Annual report on the health of the army in India
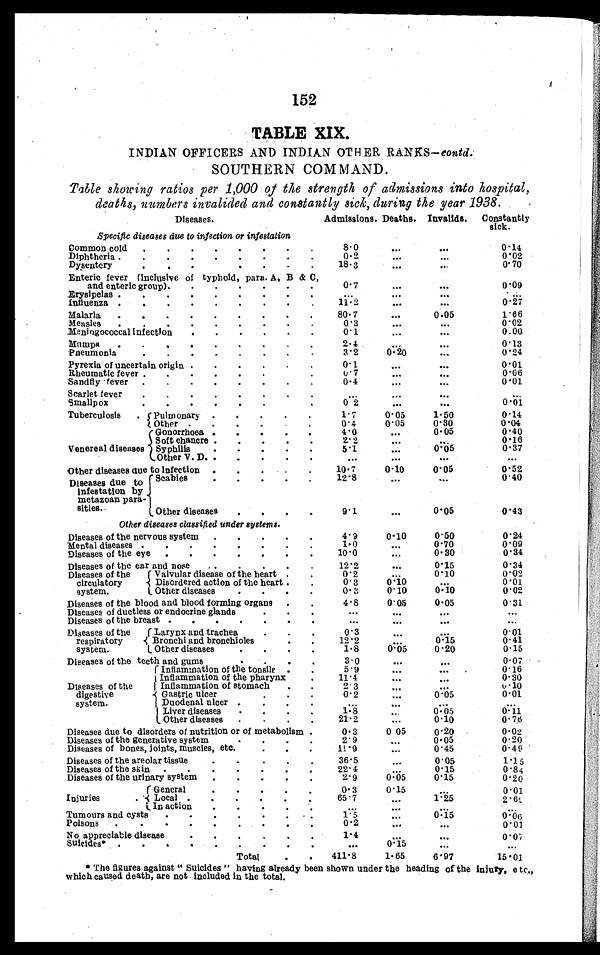
15
2
T A B L I N D I A N O F F I C E R S A N D I N D I A N O T H E R R A N K S — c o n t d .
SOUTHERN COMMAND.
Table showing ratios per 1,000 of the strength of admissions into hospital,
deaths, numbers invalided and constantly sick, during the year 1938.
D i s e a s e s .
Admissions. Deaths. Invalids. Constantly
sick.
Specific diseases due to infection or infestation
Common cold . . .
8.0
. . .
. . .
0.14
Diphtheria . . .
0.2
. . .
. . .
0.02
Dysentery . . .
1 8 . 3
. . .
. . .
0.70
Enteric fever (inclusive of typhoid, para. A, B & C
and enteric group). . .
0.7
. . .
. . .
0.09
Erysipelas . . .
. . .
. . .
. . .
. . .
Influenza . . .
11.2
. . .
. . .
0.27
Malaria. . .
80.7
. . .
0.05
1.66
Measles . . .
0. 3
. . .
. . .
0.02
Meningococcal infection . . .
0. 1
. . .
. . .
0.00
Mumps . . .
2.4
. . .
. . .
0.13
Pneumonia . . .
3. 2
0.20
. . .
0.21
Pyrexia of uncertain origin . . .
0. 1
. . .
. . .
0.01
Rheumatic fever . . .
0 '
7
. . .
. . .
0.06
Sandfiy fever . . .
0.4
. . .
. . .
0.01
S carlet fever . . .
. . .
. . .
. . .
. . .
Smallpox . . .
0 2
. . .
. . .
0.01
Tuberculosis. Pulmonary . . .
1.7
0.05
1.50
0.14
Other . . .
.0.4
0.05
0.30
0.04
Venereal diseases
Gonorrhoea . . .
4.0
. . .
0.05
0.40
Soft chancre . . .
2.2
. . .
. . .
0.16
Syphilis . . .
5 .1
. . .
0.05
0.37
Other V. D . . ......
. . .
. . .
. . .
. . .
Other diseases due to infection . . .
10.7
0.10
0.05
0.52
Diseases due to
infestation by
metazoan para-
sitles.
Scabies . . .
12.8
. . .
. . .
0.40
Other diseases . . .
9. 1
. . .
0.05
0.43
Other diseases classified under systems.
Diseases of the nervous system . . .
4.9
0.10
0.50
0.24
Mental diseases . . .
1. 0
. . .
0.70
0.09
Diseases of the eye . . .
10.0
. . .
0.30
0.34
Diseases of the ear and nose . . .
12.2
. . .
0.15
0.34
Diseases of the
circulatory
system.
Valvular disease of the heart . . .
0.2
. . .
0.10
0.02
Disordered action of the heart . . .
0.3
0.10
. . .
o.01
Other diseases . . .
0.3
0.10
0.10
0.02
Diseases of the blood and blood forming organs . . .
4.8
0.05
0.05
0.31
Diseases of ductless or endocrine glands . . .
. . .
. . .
. . .
. . .
Diseases of the breast . . .
. . .
. . .
. . .
. . .
Diseases of the
respiratory
system.
Larynx and trachea . . .
0.3
. . .
. . .
0.01
Bronchi and bronchioles. . .
12.2
. . .
0.15
0.41
Other diseases . . .
1.8
0.05
0.20
0.15
Diseases of the teeth and gums. . .
3. 0
. . .
. . .
0.07
Diseases of the
digestive
system.
Inflammation of the tonsilg . . .
5.9
. . .
. . .
0.16
Inflammation of the pharynx. . .
11.4
. . .
. . .
0.30
Inflammation of stomach . . .
2.3
. . .
. . .
0.10
Gastric ulcer . . .
0.2
. . .
0.05
0.01
Duodenal ulcer . . .
. . .
. . .
. . .
. . .
Liver diseases . . .
1 . 8
. . .
0.05
0.11
Other diseases . . .
21.2
. . .
0 . 1 0
0.76
Diseases due to disorders of nutrition or of metabolism .
0.3
0 05
0.20
0.02
Diseases of the generative system. . .
2 .9
. . .
0-05
0.20
Diseases of bones, joints, muscles, etc...
11.9
. . .
0.45
0.49
Diseases of the areolar tissue . . .
36.5
. . .
0.05
1.15
Diseases of the skin . . .
2 2 . 4
. . .
0 . 15
0.84
Diseases of the urinary system . . .
2.9
0 . 05
0.15
0.20
Injuries.
General. . .
0. 3
0.15
. . .
0.01
Local . . .
65. 7
. . .
1.25
2 .6 9
In action . . .
,
. . .
. . .
. . .
. . .
Tumours and cysts . . .
1.5
. . .
0.15
. . .
0 . 0 6
Poisons . . .
0.2
. . .
. . .
0.01
No appreciable disease. . .
1.4
. . .
. . .
0.07
Suicides*. . .
. . .
0.15
. . .
. . .
Total . . .
411.8
1.65
6.97
15.01
* The fig ures against " Suicides " havin g already been shown under the heading a the Injury, e tc.,
which caused death, are not included in the total.